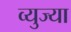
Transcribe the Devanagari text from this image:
व्युज्या